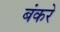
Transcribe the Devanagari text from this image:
बंकरे